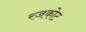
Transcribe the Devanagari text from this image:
रजकोट